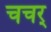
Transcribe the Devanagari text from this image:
चचर्